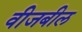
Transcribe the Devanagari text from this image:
वीजबील